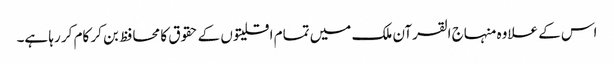
اس کے علاوہ منہاج القرآن ملک میں تمام اقلیتوں کے حقوق کا محافظ بن کر کام کر رہا ہے۔